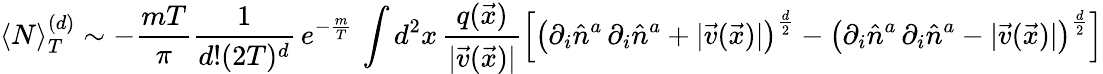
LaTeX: \langle N\rangle_{T}^{(d)}\sim-\frac{mT}{\pi}\frac{1}{d!(2T)^{d}}\, e^{-\frac{m}{T}}\, \int d^{2}x\, \frac{q(\vec{x})}{|\vec{v}(\vec{x})|}\left[\left(\partial_{i}\hat{n}^{a}\, \partial_{i}\hat{n}^{a}+|\vec{v}(\vec{x})|\right)^{\frac{d}{2}}-\left(\partial_{i}\hat{n}^{a}\, \partial_{i}\hat{n}^{a}-|\vec{v}(\vec{x})|\right)^{\frac{d}{2}}\right]